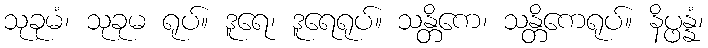
သုခုမံ၊ သုခုမ ရုပ်။ ဒူရေ၊ ဒူရေရုပ်။ သန္တိကေ၊ သန္တိကေရုပ်။ နိပ္ဖန္နံ၊